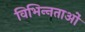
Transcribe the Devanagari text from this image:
विभिन्‍नताओं